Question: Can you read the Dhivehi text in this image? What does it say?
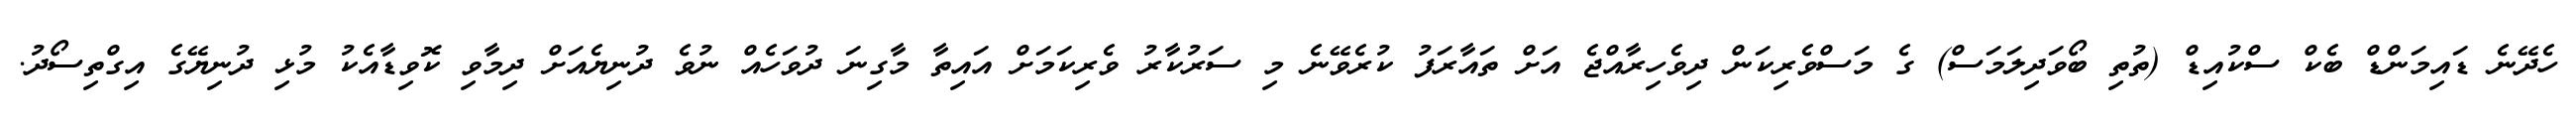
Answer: ހެދޭނެ ޑައިމަންޑް ބެކް ސްކުއިޑް (ތުތި ބޯވަދިލަމަސް) ގެ މަސްވެރިކަން ދިވެހިރާއްޖެ އަށް ތައާރަފު ކުރެވޭނެ މި ސަރުކާރު ވެރިކަމަށް އައިތާ މާގިނަ ދުވަހެއް ނުވެ ދުނިޔެއަށް ދިމާވި ކޮވިޑާއެކު މުޅި ދުނިޔޭގެ އިގްތިސޯދު.